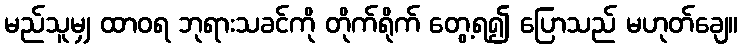
မည်သူမျှ ထာဝရ ဘုရားသခင်ကို တိုက်ရိုက် တွေ့ရ၍ ပြောသည် မဟုတ်ချေ။